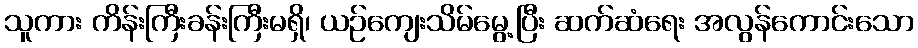
သူကား ကိန်းကြီးခန်းကြီးမရှိ၊ ယဉ်ကျေးသိမ်မွေ့ပြီး ဆက်ဆံရေး အလွန်ကောင်းသော